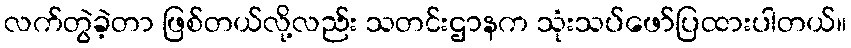
လက်တွဲခဲ့တာ ဖြစ်တယ်လို့လည်း သတင်းဌာနက သုံးသပ်ဖော်ပြထားပါတယ်။